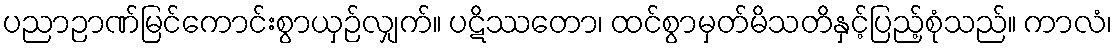
ပညာဉာဏ်မြင်ကောင်းစွာယှဉ်လျှက်။ ပဋိဿတော၊ ထင်စွာမှတ်မိသတိနှင့်ပြည့်စုံသည်။ ကာလံ၊